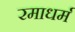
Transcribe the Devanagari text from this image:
रमाधर्म